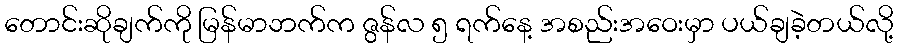
တောင်းဆိုချက်ကို မြန်မာဘက်က ဇွန်လ ၅ ရက်နေ့ အစည်းအဝေးမှာ ပယ်ချခဲ့တယ်လို့